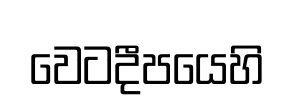
වෙටදීපයෙහි